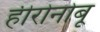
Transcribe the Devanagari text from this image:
हीरोनोबू